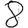
Digit: 8